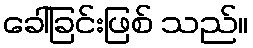
ခေါ်ခြင်းဖြစ် သည်။